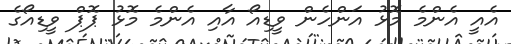
އެއީ އެންމެ މޮޅު އަންހެން ވީޑިއޯ އާއި އެންމެ މޮޅު ޕޮޕް ވީޑިއޯގެ